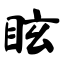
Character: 眩